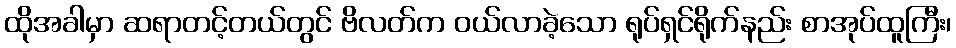
ထိုအခါမှာ ဆရာတင့်တယ်တွင် ဗိလတ်က ဝယ်လာခဲ့သော ရုပ်ရှင်ရိုက်နည်း စာအုပ်ထူကြီး၊